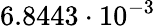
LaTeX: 6.8443\cdot 10^{-3}